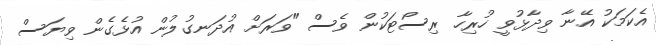
އެކަމަކު އޭނާ ވިދާޅުވީ ހުރިހާ ރިސޯޓަކުން ވެސް "ވަރަށް އުދަނގުލުން އުޅެގެން ވިޔަސް